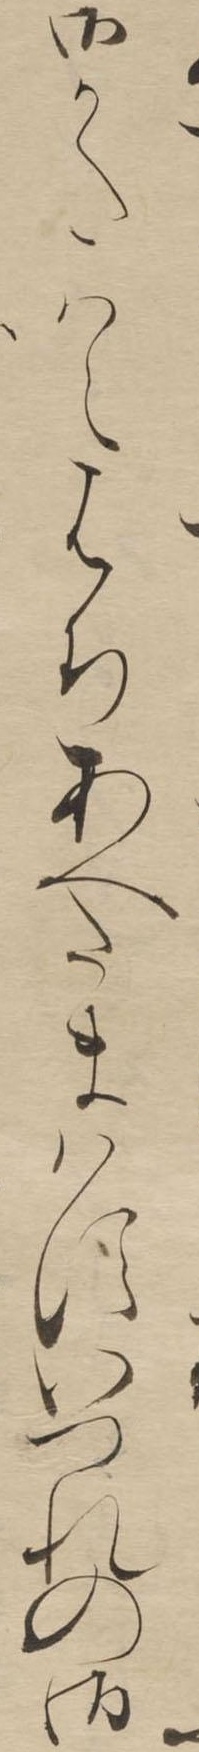
御かたはえはちあへたまはすいつれの御